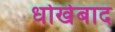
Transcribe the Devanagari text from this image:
धोखेबाद